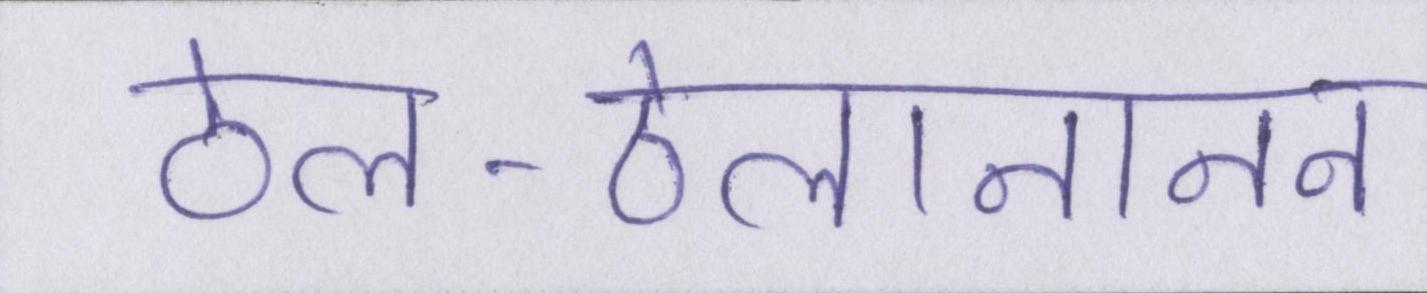
ठेल-ठेलानानन